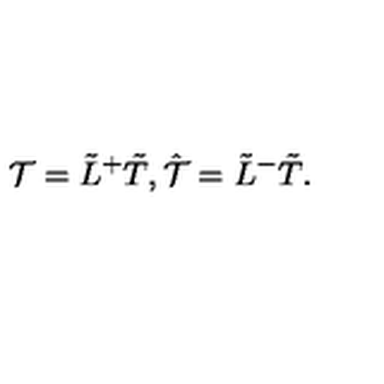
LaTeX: { \cal T } = \tilde { L } ^ { + } \tilde { T } , \hat { \cal T } = \tilde { L } ^ { - } \tilde { T } .